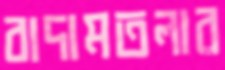
বাদামতলার